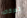
تحركاته